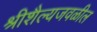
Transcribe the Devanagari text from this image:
श्रीशैल्यजवळील